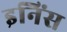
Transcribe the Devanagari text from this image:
इनिंस